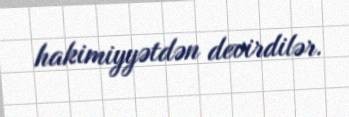
hakimiyyətdən devirdilər.